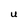
Character: U